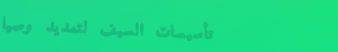
تأسيسات السيف لتمديد وصيا